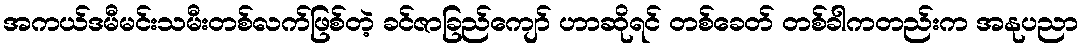
အကယ်ဒမီမင်းသမီးတစ်လက်ဖြစ်တဲ့ ခင်ဇာခြည်ကျော် ဟာဆိုရင် တစ်ခေတ် တစ်ခါကတည်းက အနုပညာ